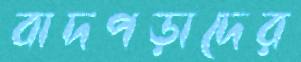
বাদপড়াদের